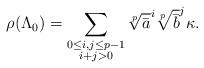
LaTeX: \begin{align*} \rho(\Lambda_0) = \sum_{\substack{ 0 \leq i,j \leq p-1 \\ i+j>0}}\sqrt[p]{\bar{a}}^i \sqrt[p]{\bar{b}}^j \kappa. \end{align*}